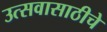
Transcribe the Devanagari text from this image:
उत्सवासाठीचे